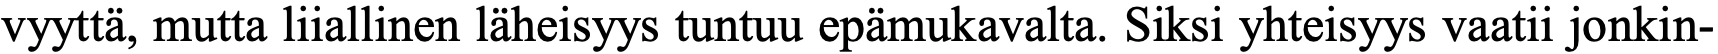
vyyttä, mutta liiallinen läheisyys tuntuu epämukavalta. Siksi yhteisyys vaatii jonkin-